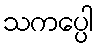
သကပ္ပေါ